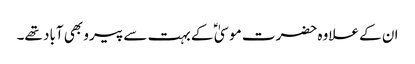
ان کے علاوہ حضرت موسیٰ ؑ کے بہت سے پیرو بھی آباد تھے۔